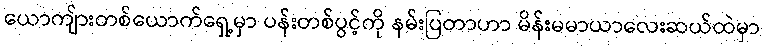
ယောကျ်ားတစ်ယောက်ရှေ့မှာ ပန်းတစ်ပွင့်ကို နမ်းပြတာဟာ မိန်းမမာယာလေးဆယ်ထဲမှာ